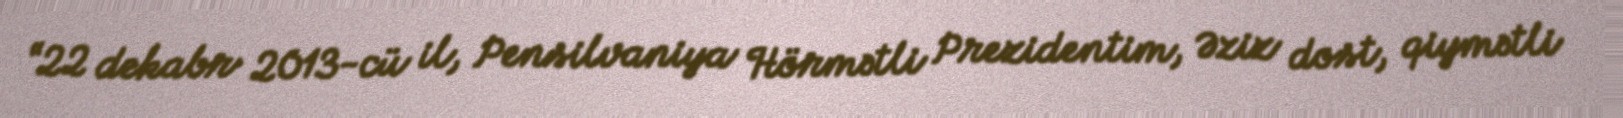
“22 dekabr 2013-cü il, Pensilvaniya Hörmətli Prezidentim, Əziz dost, qiymətli